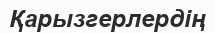
Қарызгерлердің